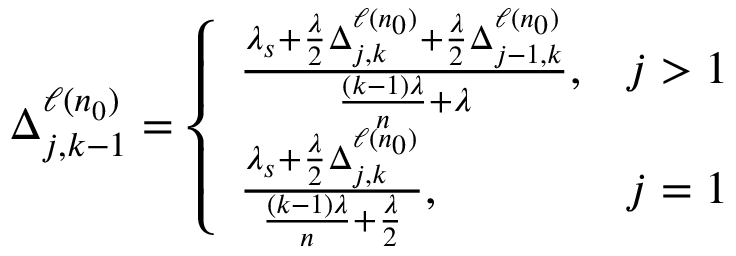
\begin{array} { r } { \Delta _ { j , k - 1 } ^ { \ell ( n _ { 0 } ) } = \left\{ \begin{array} { l l } { \frac { \lambda _ { s } + \frac { \lambda } { 2 } \Delta _ { j , k } ^ { \ell ( n _ { 0 } ) } + \frac { \lambda } { 2 } \Delta _ { j - 1 , k } ^ { \ell ( n _ { 0 } ) } } { \frac { ( k - 1 ) \lambda } { n } + \lambda } , } & { j > 1 } \\ { \frac { \lambda _ { s } + \frac { \lambda } { 2 } \Delta _ { j , k } ^ { \ell ( n _ { 0 } ) } } { \frac { ( k - 1 ) \lambda } { n } + \frac { \lambda } { 2 } } , } & { j = 1 } \end{array} \right. } \end{array}